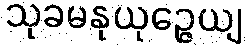
သုခမနုယုဉ္ဇေယျ